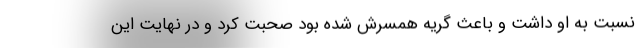
نسبت به او داشت و باعث گریه همسرش شده بود صحبت کرد و در نهایت این